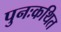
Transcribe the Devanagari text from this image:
पुनःकथित